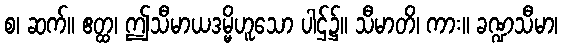
စ၊ ဆက်။ ဧတ္ထ၊ ဤသီမာယဒမ္မိဟူသော ပါဌ်၌။ သီမာတိ၊ ကား။ ခဏ္ဍသီမာ၊